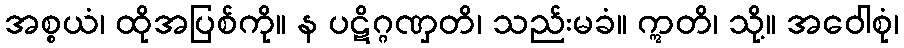
အစ္စယံ၊ ထိုအပြစ်ကို။ န ပဋိဂ္ဂဏှတိ၊ သည်းမခံ။ ဣတိ၊ သို့။ အဝေါစုံ၊